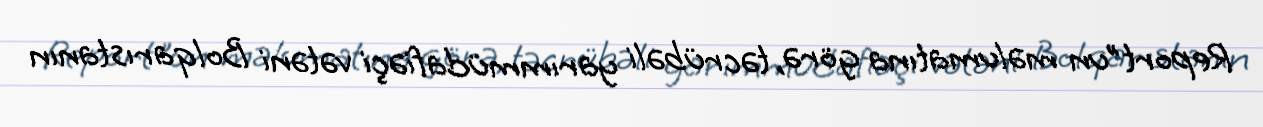
Report"un məlumatına görə, təcrübəli yarımmüdafiəçi vətəni Bolqarıstanın